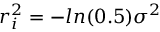
r _ { i } ^ { 2 } = - l n ( 0 . 5 ) \sigma ^ { 2 }